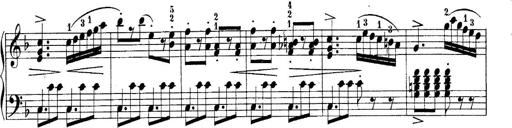
Title: 10 Sonatines progressives
Composer: Anton Schmoll